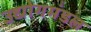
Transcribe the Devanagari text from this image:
उद्योगमंडल